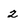
Character: 2